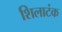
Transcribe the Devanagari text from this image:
शिलाटंक